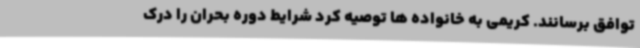
توافق برسانند. کریمی به خانواده ها توصیه کرد شرایط دوره بحران را درک